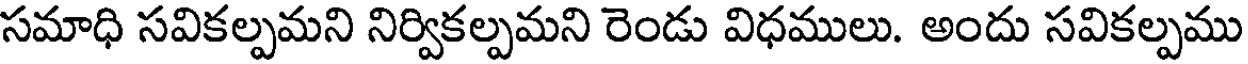
సమాధి సవికల్పమని నిర్వికల్పమని రెండు విధములు. అందు సవికల్పము